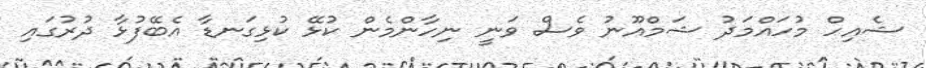
ޝެއިހް މުހައްމަދު ޝަމްއޫނު ވެސް ވަނީ ނިހާންމެން ކުޅޭ ކުޅިގަނޑާ އެބޭފުޅާ ދުރުގައި